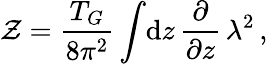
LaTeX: {\cal Z}=\frac{T_{G}}{8\pi^{2}}\int\! \mathrm{d}z\, \frac{\partial}{\partial z}\, \lambda^{2}\, ,